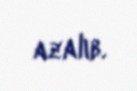
azalıb.